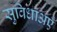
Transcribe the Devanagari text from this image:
सुविधाअएँ